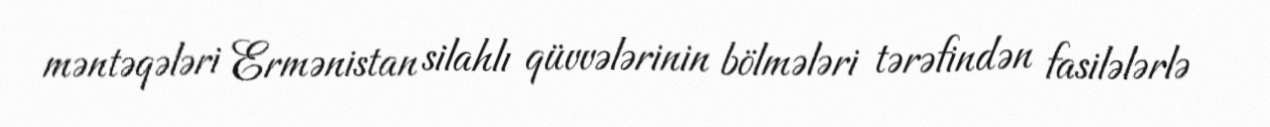
məntəqələri Ermənistan silahlı qüvvələrinin bölmələri tərəfindən fasilələrlə